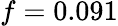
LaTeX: \mathnormal{f}=0.091